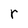
Character: r